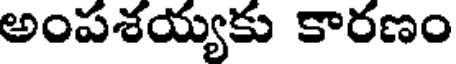
అంపశయ్యకు కారణం